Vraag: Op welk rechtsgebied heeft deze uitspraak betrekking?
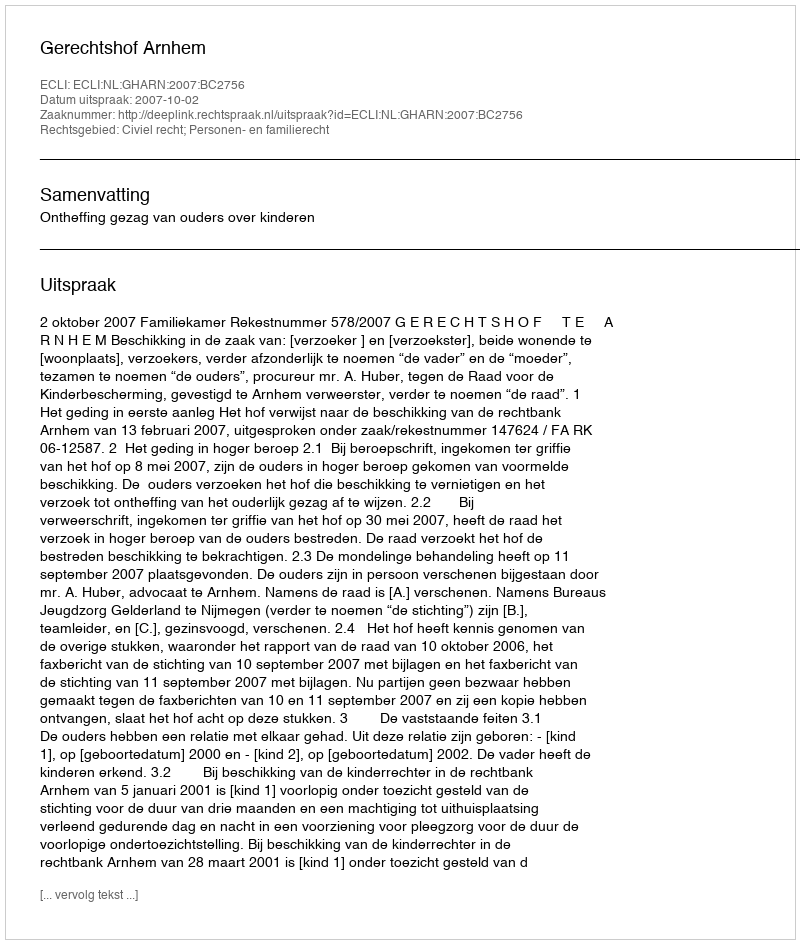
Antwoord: Civiel recht; Personen- en familierecht